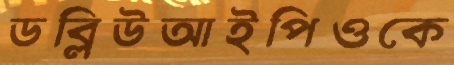
ডব্লিউআইপিওকে